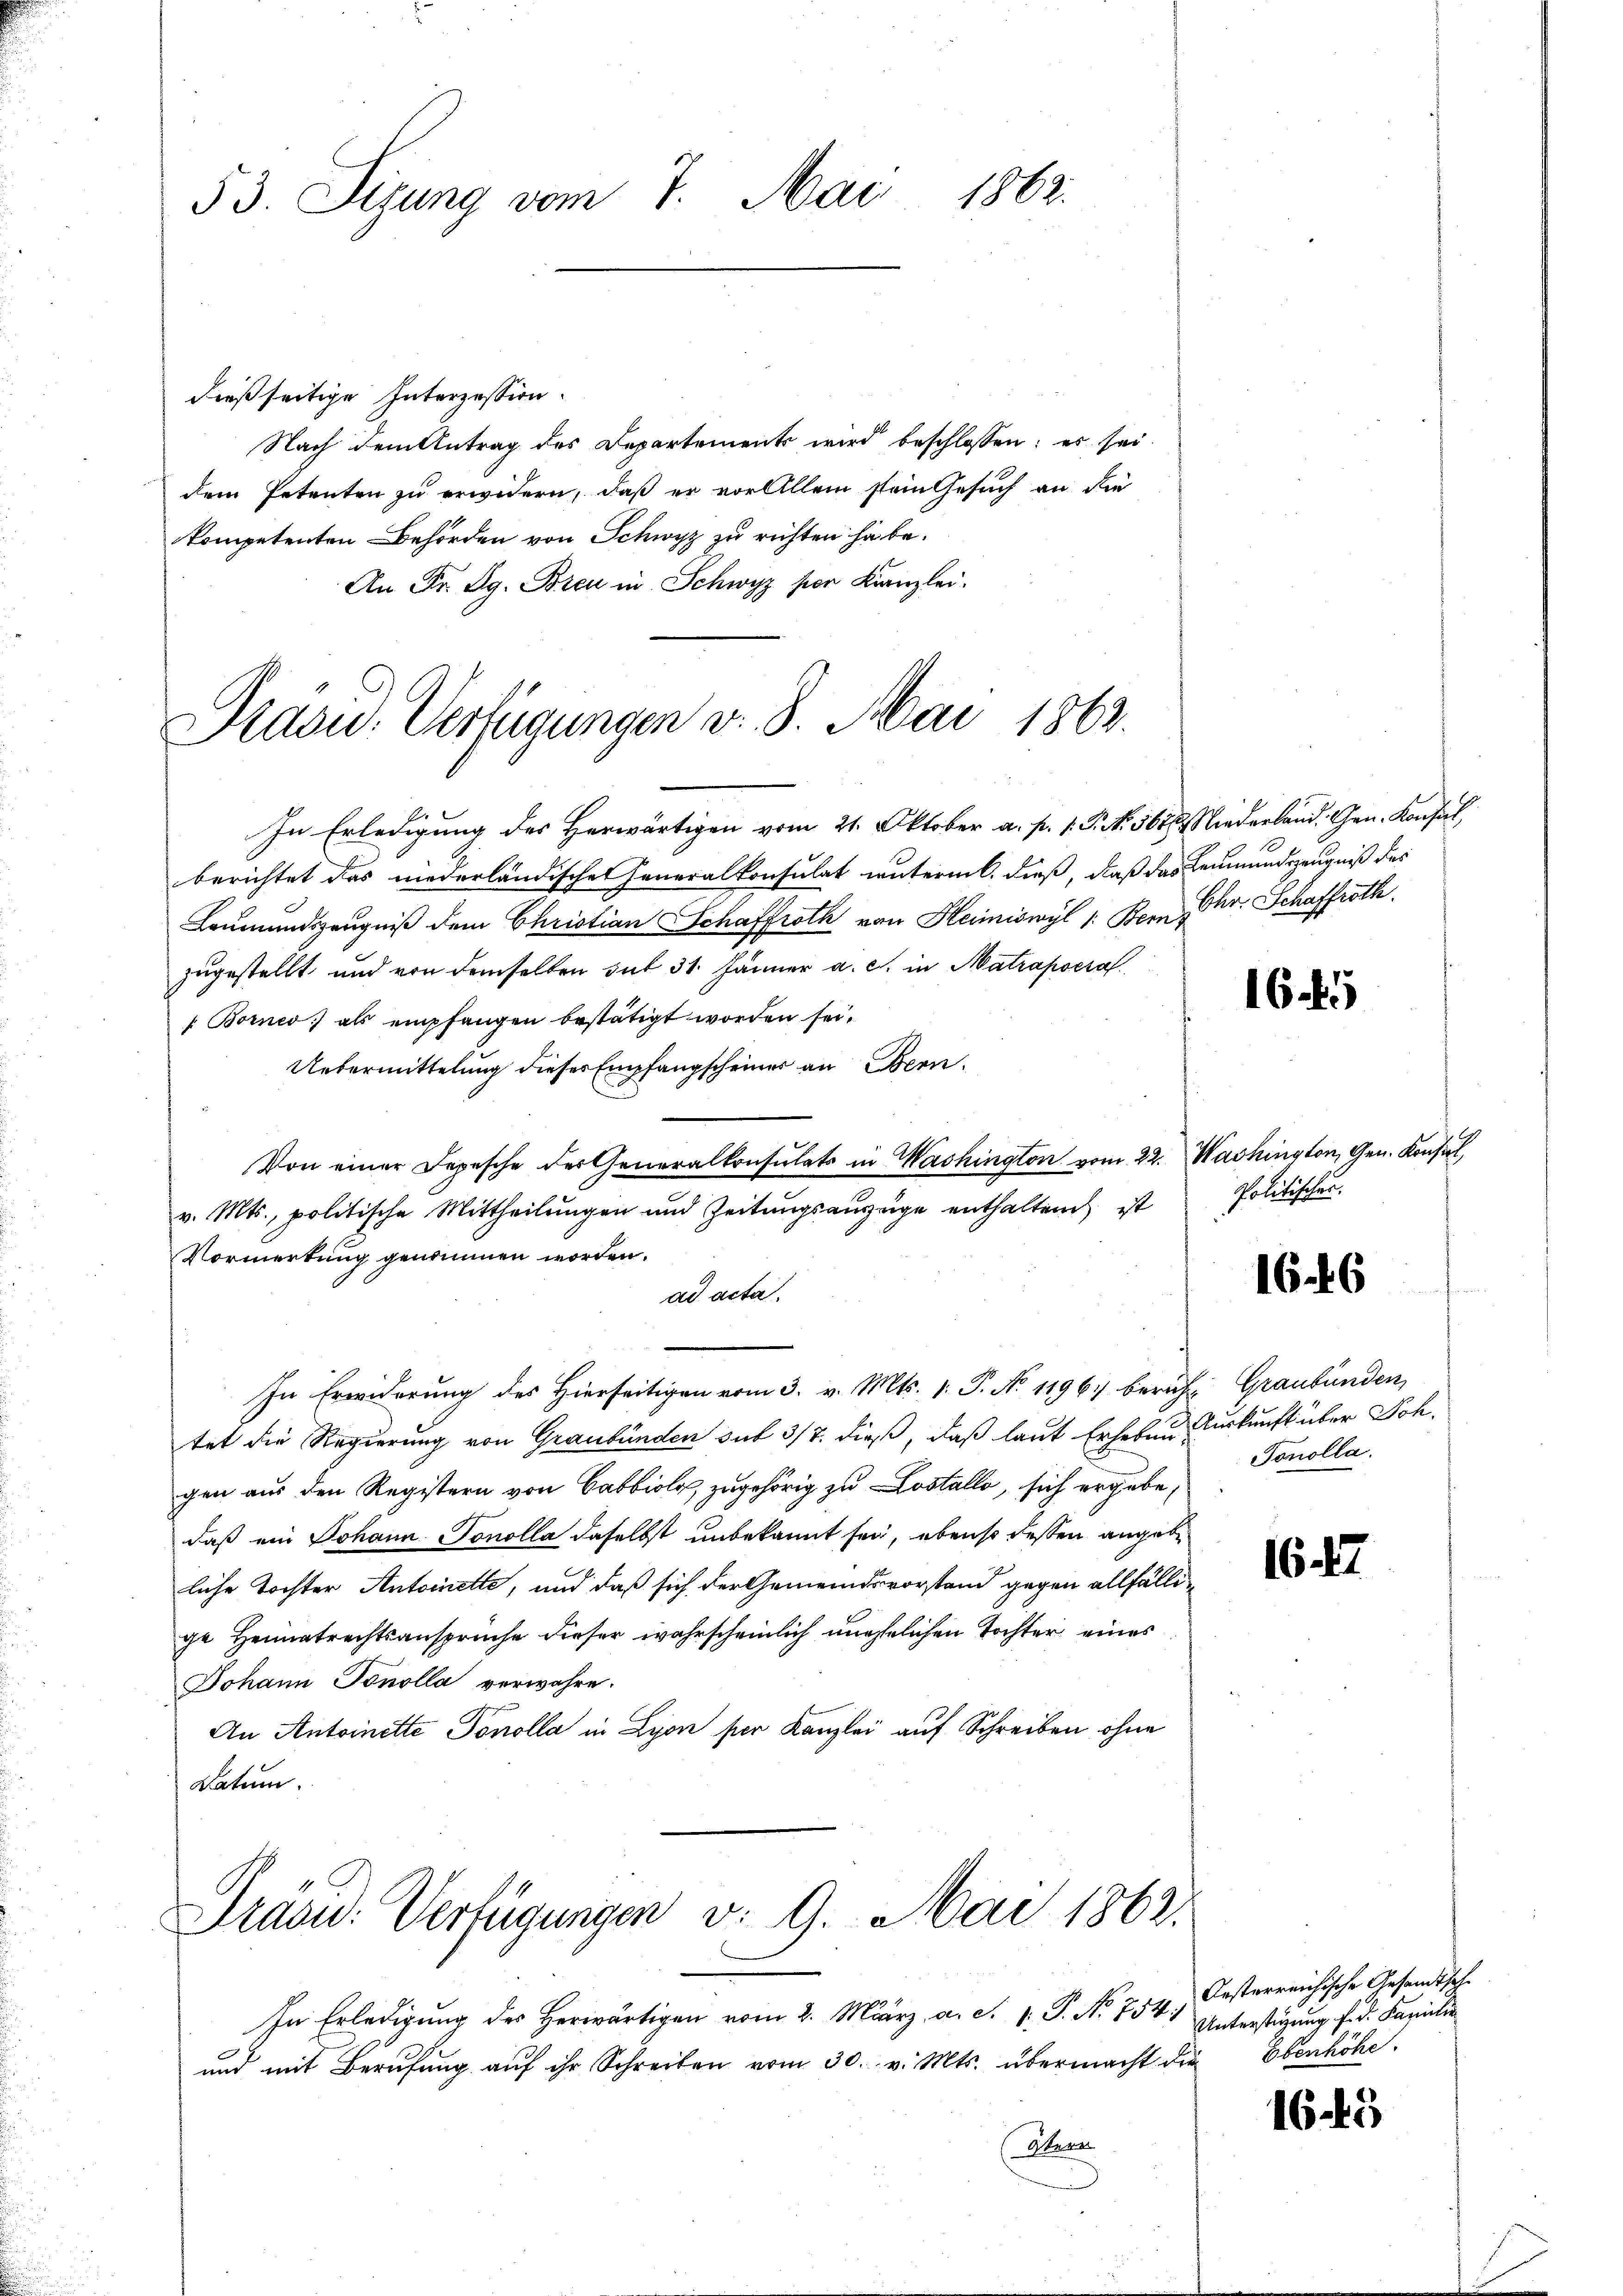
53. Sizung vom 7. Mai 1862.

dießseitige Interzession.
Nach dem Antrag des Departements wird beschlossen: es sei.
dem Petenten zu erwidern, daß er vor Allein sein Gesuch an die
kompetenten Behörden von Schwyz zu richten habe.
An Fr. Rg. Breu in Schwyz per Kanzlei.

Präsid. Verfügungen v. 8. Mai 1863.

In Erledigung des Herwärtigen vom 21. Oktober a. p. 1. P. N. 561, Niederland. Gen. Konsul,
berichtet das niederländischen Generalkonsulat untermit, dieß, daß das Leumundszeugniß des
Leumundszeugniß dem Christian Schaffroth von Heimiswyl 1: Bern Chr. Schaffroth
zugestellt und von demselben mit 31. Jänner a. c. in Matrapera
 Borner als empfangen bestätigt worden sei.
Uebermittelung dieser Empfangscheiner an Bern.
Von einer Depesche der Generalkonsulats in Washington vom 22. Washington, Gen. Konsul,
v. Mts., politische Mittheilungen und Zeitungsauszüge enthalten ist
Vormerkung genommen worden.
ad acta.
In Erwiderung des Hierseitigen vom 3. v. Mts. 1. P. N. 11967 beruht Graubünden,
tet die Regierung von Graubünden sub 3/7. dieß, daß laut Erheben Auskunft über Joh.
gen aus den Registern von Cabi, zugehörig zu Lostallo, sich ergebe,
daß ein Johann Sonolla daselbst unbekannt sei, ebenso dessen angebliche Tochter Antoinette, und daß sich der Gemeindsvorstand gegen allfällige Heimatrechtsanspruche dieser wahrscheinlich unehelichen Tochter eines
Johann Tonolla verwahre.
An Antoinette Tonolla in Lyon per Kanzlei auf Schreiben ohne
Datum.

Präsid. Verfügungen v. 9. Mai 1862.

In Erledigung des Herwärtigen vom 2. März a. c. v. P. Nr. 754) Unterstigung f. d. Familie
und mit Berufung auf ihr Schreiben vom 30. v. Mts. übermacht die
Öterr

164

Politischer.

166

Tonolla.

164

1645

Oesterreichische Gesandtsche
Ebenhöhe.